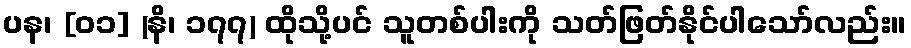
ပန၊ [၀၁] (နိ၊ ၁၇၇) ထိုသို့ပင် သူတစ်ပါးကို သတ်ဖြတ်နိုင်ပါသော်လည်း။